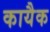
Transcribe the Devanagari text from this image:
कायैक